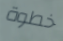
خطوة